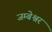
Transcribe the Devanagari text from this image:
जम्बेश्वर